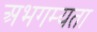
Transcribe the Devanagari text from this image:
अभगम्यता